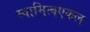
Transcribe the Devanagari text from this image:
स्वामित्वएकल